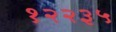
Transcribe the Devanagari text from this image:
१२२३५